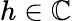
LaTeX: h\in\mathbb{C}